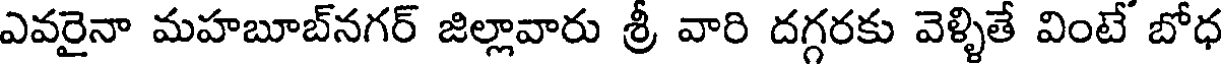
ఎవరైనా మహబూబ్నగర్ జిల్లావారు శ్రీ వారి దగ్గరకు వెళ్ళితే వింటే బోధ